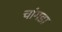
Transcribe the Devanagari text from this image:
चांगडा